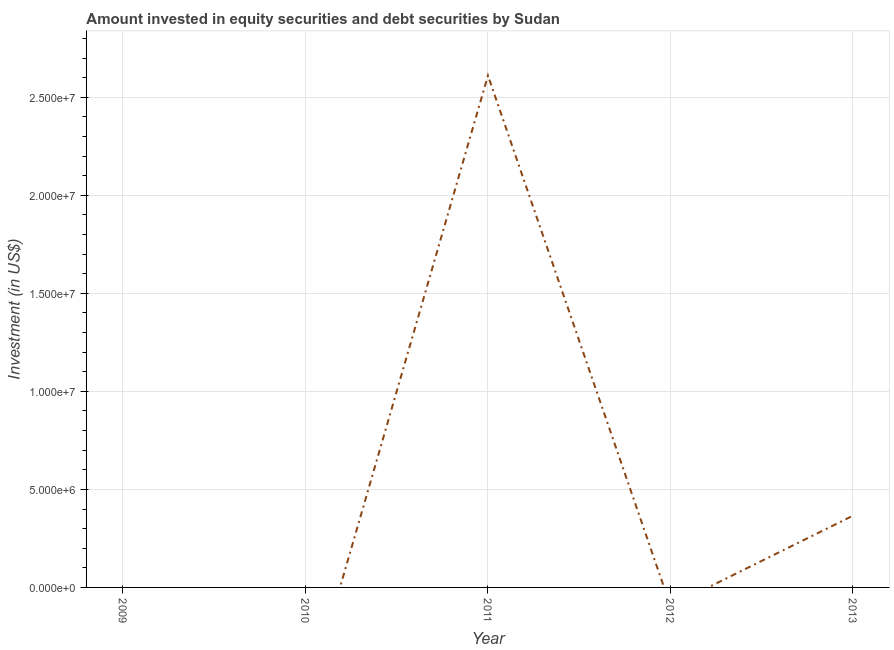
| Year | Portfolio Investment |
 | --- | --- |
 | 2009 | -1.95e+07 |
 | 2010 | -6.1e+06 |
 | 2011 | 2.61e+07 |
 | 2012 | -9.5e+05 |
 | 2013 | 3.66e+06 |